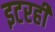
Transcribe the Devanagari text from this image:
इटरही